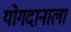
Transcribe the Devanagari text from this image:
योगदानाला